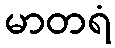
မာတရံ